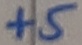
Text: +5